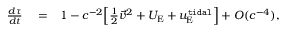
\begin{array} { r l r } { \frac { d \tau } { d t } } & { { } = } & { 1 - c ^ { - 2 } \Big [ { \textstyle \frac { 1 } { 2 } } { \vec { v } } ^ { 2 } + U _ { \mathrm { E } } + u _ { \mathrm { E } } ^ { \tt t i d a l } \Big ] + { \cal O } ( { c ^ { - 4 } } ) , } \end{array}